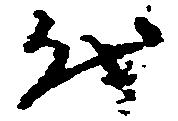
代